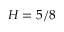
H = 5 / 8